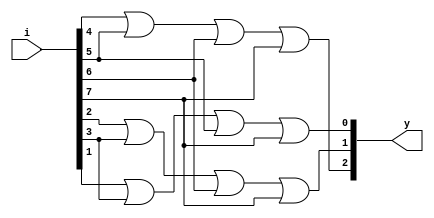
`timescale 1ns / 1ps

module encoder_8x3_st(
    output [2:0] y,
    input [7:0] i
    );
or  o1(y[2],i[4],i[5],i[6],i[7]),
    o2(y[1],i[2],i[3],i[6],i[7]),
    o3(y[0],i[1],i[3],i[5],i[7]);
endmodule